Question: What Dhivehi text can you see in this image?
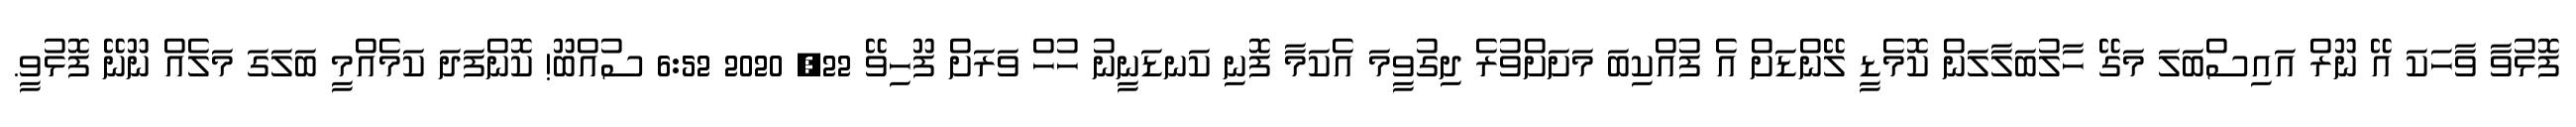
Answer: ފޮޅުވާ ވާހަކަ އޭ ނޫރް އައިސްބަލަ މަގޭ ހާލުބަލާލަން ކޮމެޑީ ލޭންޑަށް އެ ފުއްކިބަ މަށަށްވުރެ ދިގުވީމަ އެކަމާ ފޮނި ކަނޑަނީނު ހުހް ވަރަށް ފޫހިވޭ 22, 2020 6:52 ސުއްބޫ! ކޮންފަދަ ކަމެއްމީ ބަލަގަ މަލެއް ނޫނޭ ފޮޅުވީ.